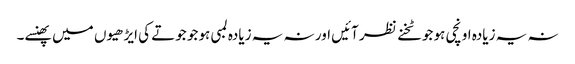
نہ یہ زیادہ اونچی ہو جو ٹخنے نظر آئیں اور نہ یہ زیادہ لمبی ہو جو جوتے کی ایڑھیوں میں پھنسے۔